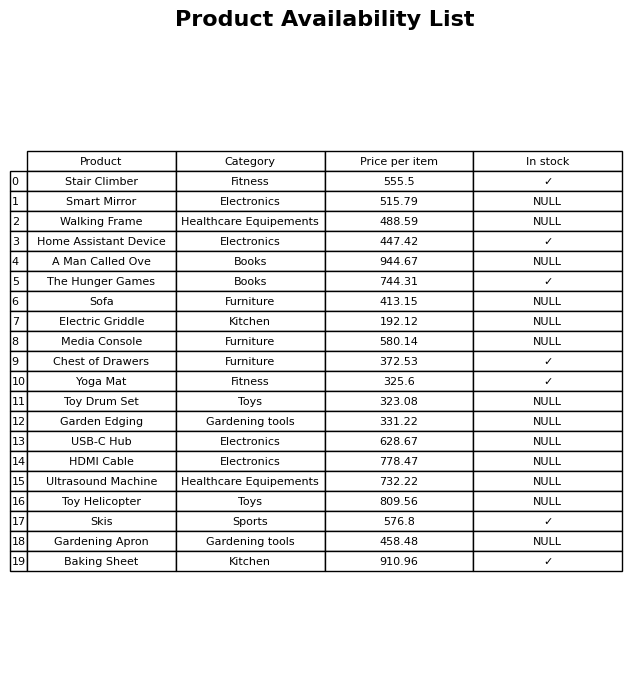
question: What is the price for Chest of Drawers?
answer: The price of Chest of Drawers is 372.53.